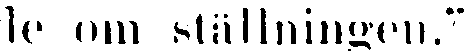
de om ställningen."